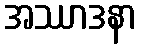
အဿာဒနာ